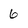
Character: 6